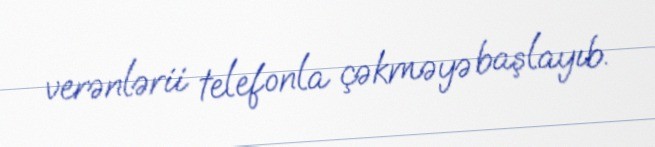
verənlərii telefonla çəkməyə başlayıb.